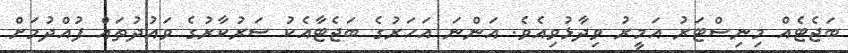
ބަޖެޓެއް މިނިސްޓަރު އަމީރު ވިދާޅުވިއެވެ. އަންނަ އަހަރުގެ ބަޖެޓާއެކު ސަރުކާރުގެ ވައުދުތައް ފުއްދުމަށް